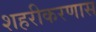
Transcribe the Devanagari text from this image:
शहरीकरणास